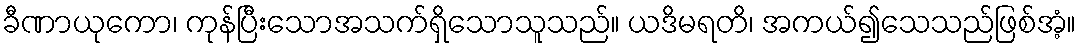
ခီဏာယုကော၊ ကုန်ပြီးသောအသက်ရှိသောသူသည်။ ယဒိမရတိ၊ အကယ်၍သေသည်ဖြစ်အံ့။